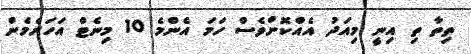
ތިތާ ތި އިނީ މިއަދު އެއްކޮށްވެސް ހަމަ އެންމެ 10 މިނެޓް އަހަރެމެން